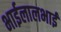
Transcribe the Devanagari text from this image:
भाईलालभाई